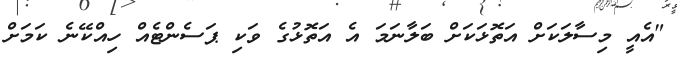
"އެއީ މިސާލަކަށް އަތޮޅަކަށް ބަލާނަމަ އެ އަތޮޅުގެ ވަކި ޕަސެންޓެއް ހިއްކޭނެ ކަމަށް